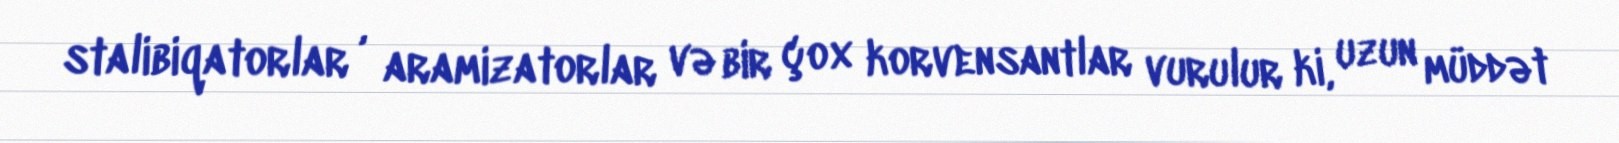
stalibiqatorlar , aramizatorlar və bir çox korvensantlar vurulur ki, uzun müddət